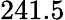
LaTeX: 241.5